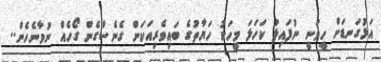
އަޅުގަނޑަށް ހީވަނީ ނުފައިލު ކަހަލަ މީހަކު ހަޔާތުގެ ބައިވެރިއަކަށް ގެނެސްގެން ގޯހެއް ނުވާނެހެން..